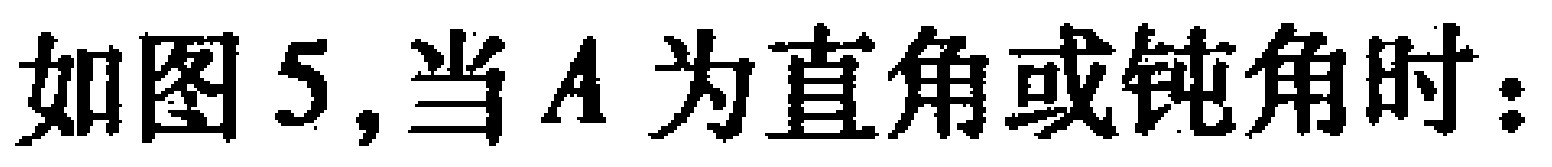
如图5,当\(A\)为直角或钝角时：